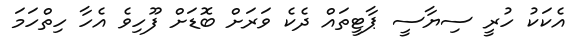
އެކަކު ހުރީ ސިޔާސީ ޕާޓީތައް ދެކެ ވަރަށް ބޮޑަށް ފޫހިވެ އެހާ ހިތްހަމަ